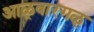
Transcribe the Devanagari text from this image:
आळ्वारगळ्